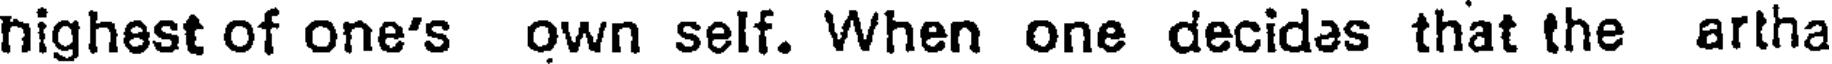
nighest of one's own self. When one decidas that the artha